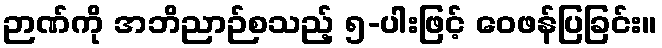
ဉာဏ်ကို အဘိညာဉ်စသည့် ၅-ပါးဖြင့် ဝေဖန်ပြခြင်း။